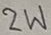
Text: 2W